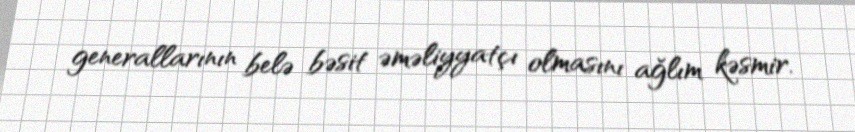
generallarının belə bəsit əməliyyatçı olmasını ağlım kəsmir.